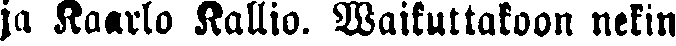
ju Kaarlo Kallio. Waikuttakoon nekin